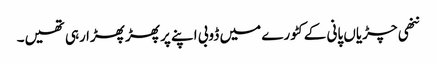
ننھی چڑیاں پانی کے کٹورے میں ڈوبی اپنے پر پھڑ پھڑا رہی تھیں۔